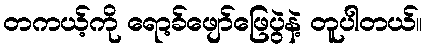
တကယ့်ကို ရော့ခ်ဖျော်ဖြေပွဲနဲ့ တူပါတယ်။